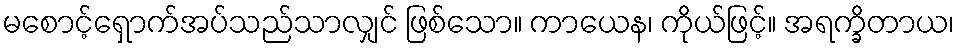
မစောင့်ရှောက်အပ်သည်သာလျှင် ဖြစ်သော။ ကာယေန၊ ကိုယ်ဖြင့်။ အရက္ခိတာယ၊